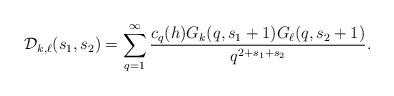
LaTeX: \begin{align*} \mathcal{D}_{k,\ell}(s_1,s_2) = \sum_{q=1}^{\infty} \frac{c_q(h) G_{k}(q,s_1+1) G_{\ell}(q,s_2+1)}{q^{2+s_1+s_2}}.\end{align*}